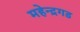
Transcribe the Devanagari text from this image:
महेन्द्रगड